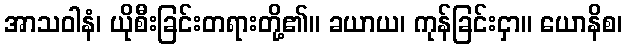
အာသဝါနံ၊ ယိုစီးခြင်းတရားတို့၏။ ခယာယ၊ ကုန်ခြင်းငှာ။ ယောနိစ၊